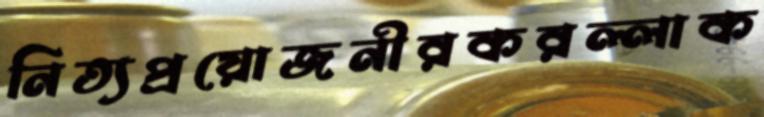
নিত্যপ্রয়োজনীরকরল্লাক